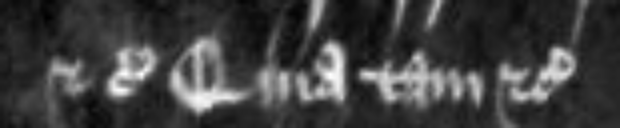
etc Quia tam etc